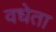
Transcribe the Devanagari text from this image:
वधेता